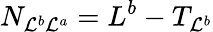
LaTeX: N_{\mathcal{L}^{b}\mathcal{L}^{a}}=L^{b}-T_{\mathcal{L}^{b}}